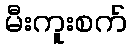
မီးကူးစက်